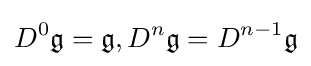
D^{0}{\mathfrak {g}}={\mathfrak {g}},D^{n}{\mathfrak {g}}=D^{n-1}{\mathfrak {g}}